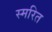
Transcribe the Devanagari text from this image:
स्मरित